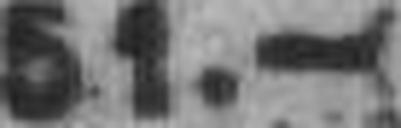
51.—